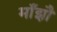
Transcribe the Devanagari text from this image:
माँझौ